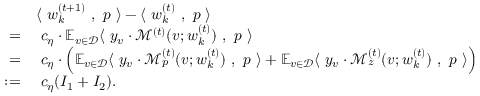
\begin{array} { r l } & { \langle ~ { \boldsymbol w } _ { k } ^ { ( t + 1 ) } ~ , ~ { \boldsymbol p } ~ \rangle - \langle ~ { \boldsymbol w } _ { k } ^ { ( t ) } ~ , ~ { \boldsymbol p } ~ \rangle } \\ { = } & { ~ c _ { \eta } \cdot \mathbb { E } _ { v \in \mathcal { D } } \langle ~ y _ { v } \cdot \mathcal { M } ^ { ( t ) } ( v ; { \boldsymbol w } _ { k } ^ { ( t ) } ) ~ , ~ { \boldsymbol p } ~ \rangle } \\ { = } & { ~ c _ { \eta } \cdot \Big ( \mathbb { E } _ { v \in \mathcal { D } } \langle ~ y _ { v } \cdot \mathcal { M } _ { p } ^ { ( t ) } ( v ; { \boldsymbol w } _ { k } ^ { ( t ) } ) ~ , ~ { \boldsymbol p } ~ \rangle + \mathbb { E } _ { v \in \mathcal { D } } \langle ~ y _ { v } \cdot \mathcal { M } _ { z } ^ { ( t ) } ( v ; { \boldsymbol w } _ { k } ^ { ( t ) } ) ~ , ~ { \boldsymbol p } ~ \rangle \Big ) } \\ { : = } & { ~ c _ { \eta } ( I _ { 1 } + I _ { 2 } ) . } \end{array}